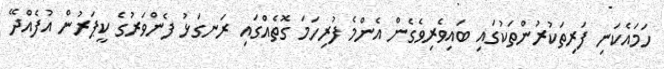
ހަމައެކަނި ފަރިތަކުރުންތަކުގައި ބައިވެރިވެގެން އެންމެ ފުރިހަމަ ގޮތެއްގައި ރަނގަޅު ފެންވަރުގެ ކީޕަރުން އުފެއްދޭ